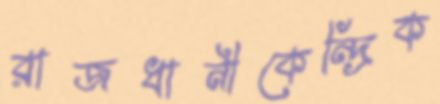
রাজধানীকেন্দ্রিক